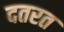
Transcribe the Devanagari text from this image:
दतरत